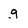
Character: g